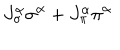
LaTeX: J _ { \sigma } ^ { \alpha } \sigma ^ { \alpha } + J _ { \pi } ^ { \alpha } \pi ^ { \alpha }